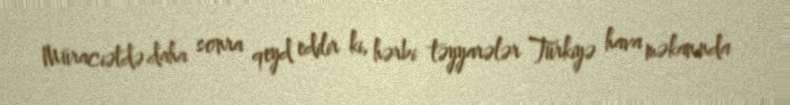
Müraciətdə daha sonra qeyd edilir ki, hərbi təyyarələr Türkiyə hava məkanında